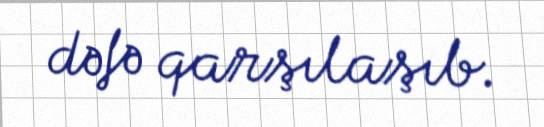
dəfə qarşılaşıb.